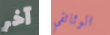
آخر الوثائقي